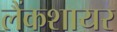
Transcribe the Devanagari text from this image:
लैंकशायर